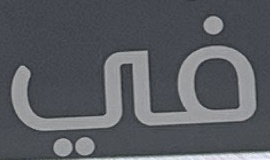
في